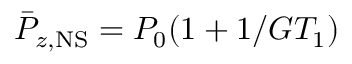
\bar { P } _ { z , \mathrm { N S } } = P _ { 0 } ( 1 + 1 / G T _ { 1 } )